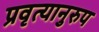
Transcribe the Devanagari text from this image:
प्रवृत्यानुरुप